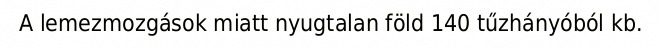
A lemezmozgások miatt nyugtalan föld 140 tűzhányóból kb.